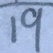
1 9